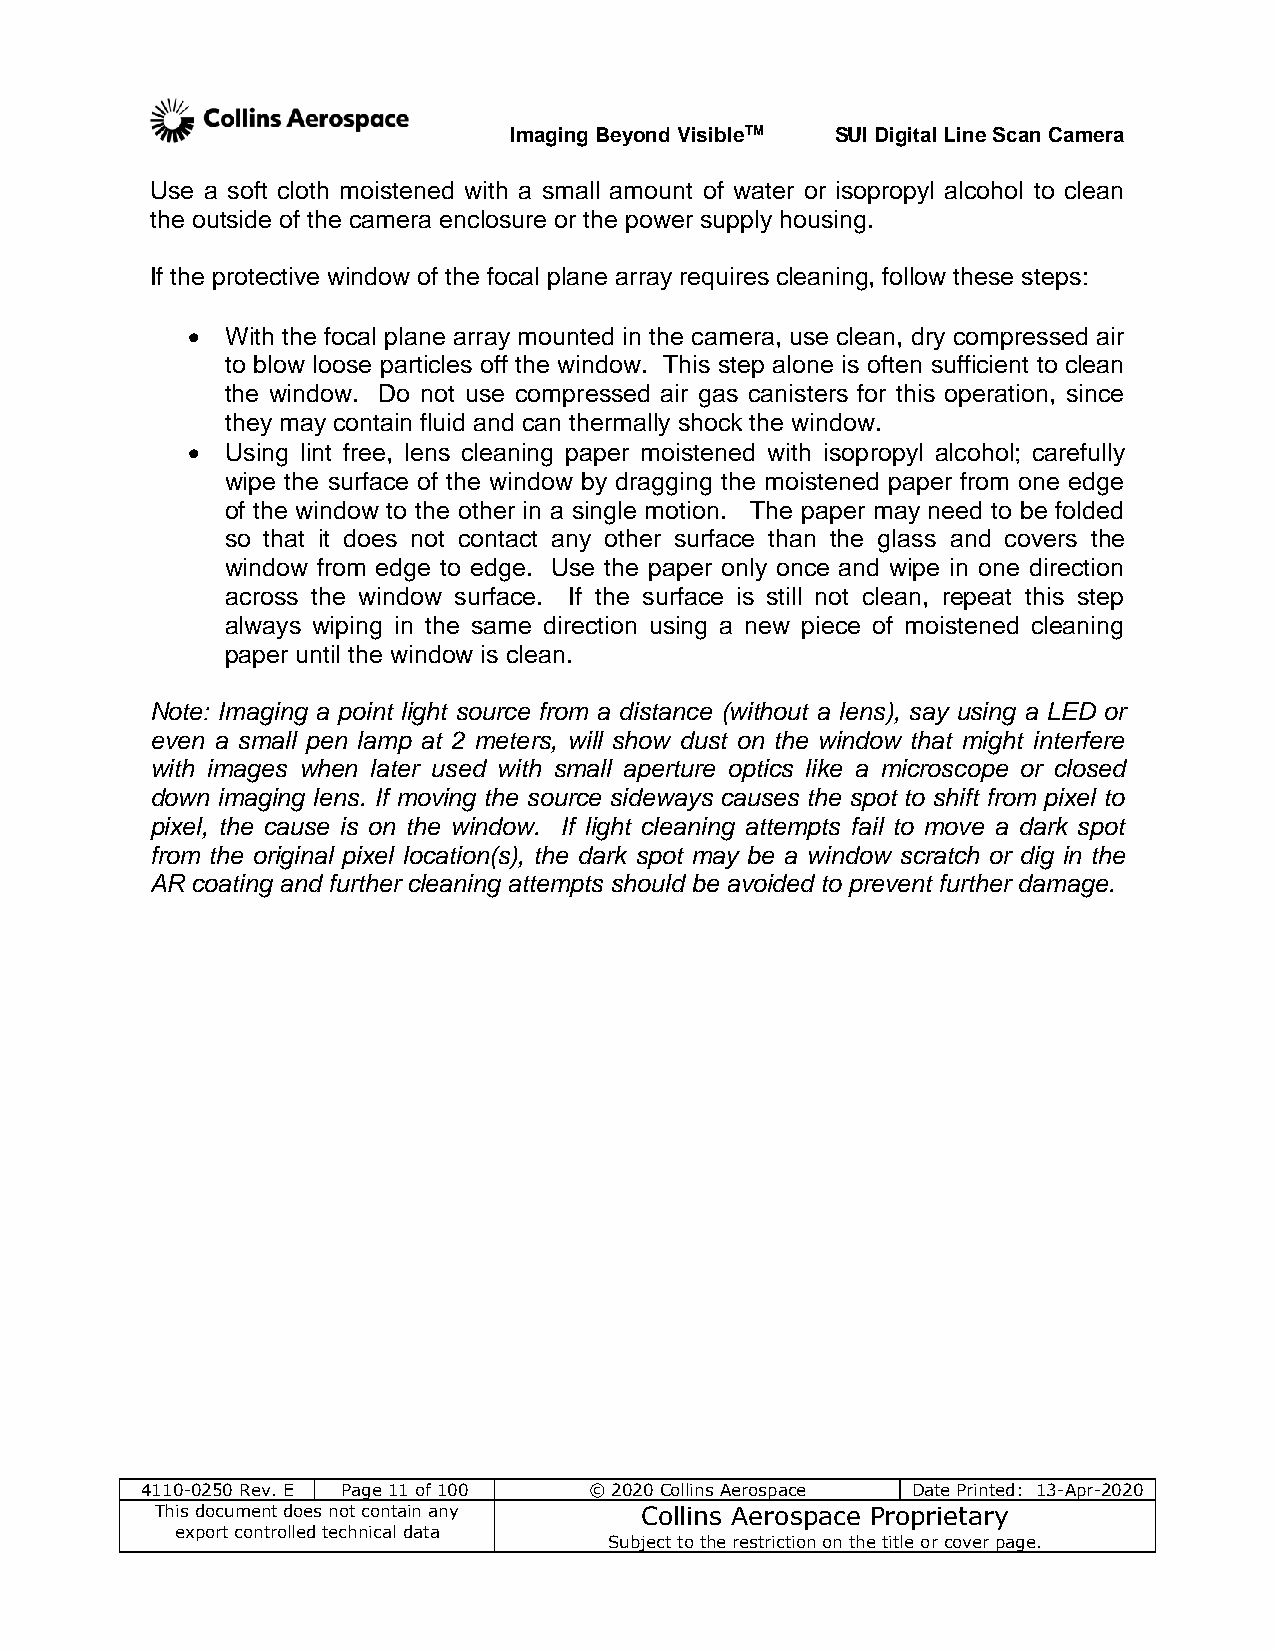
Imaging Beyond VisibleTM SUI Digital Line Scan Camera
 Use a soft cloth moistened with a small amount of water or isopropyl alcohol to clean
 the outside of the camera enclosure or the power supply housing.
 If the protective window of the focal plane array requires cleaning, follow these steps:
   With the focal plane array mounted in the camera, use clean, dry compressed air
 to blow loose particles off the window. This step alone is often sufficient to clean
 the window. Do not use compressed air gas canisters for this operation, since
 they may contain fluid and can thermally shock the window.
   Using lint free, lens cleaning paper moistened with isopropyl alcohol; carefully
 wipe the surface of the window by dragging the moistened paper from one edge
 of the window to the other in a single motion. The paper may need to be folded
 so that it does not contact any other surface than the glass and covers the
 window from edge to edge. Use the paper only once and wipe in one direction
 across the window surface. If the surface is still not clean, repeat this step
 always wiping in the same direction using a new piece of moistened cleaning
 paper until the window is clean.
 Note: Imaging a point light source from a distance (without a lens), say using a LED or
 even a small pen lamp at 2 meters, will show dust on the window that might interfere
 with images when later used with small aperture optics like a microscope or closed
 down imaging lens. If moving the source sideways causes the spot to shift from pixel to
 pixel, the cause is on the window. If light cleaning attempts fail to move a dark spot
 from the original pixel location(s), the dark spot may be a window scratch or dig in the
 AR coating and further cleaning attempts should be avoided to prevent further damage.
 4110-0250 Rev. E Page 11 of 100 © 2020 Collins Aerospace Date Printed: 13-Apr-2020
 This document does not contain any Collins Aerospace Proprietary
 export controlled technical data
 Subject to the restriction on the title or cover page.